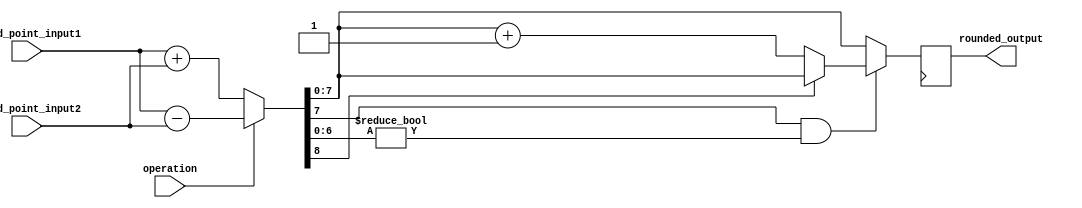
module fixed_point_rounding_unit (
  input [7:0] fixed_point_input1,
  input [7:0] fixed_point_input2,
  input operation, // 0 for addition, 1 for subtraction
  output reg [7:0] rounded_output
);

reg [8:0] result;

always @(*) begin
  if(operation == 0) begin // Addition operation
    result = fixed_point_input1 + fixed_point_input2;
  end else begin // Subtraction operation
    result = fixed_point_input1 - fixed_point_input2;
  end
  
  if(result[7] == 1 && result[6:0] != 0) begin // Check if there is a fractional part
    if(result[8] == 0) begin
      result = result + 1; // Round up to nearest whole number
    end
  end
end

always @(posedge clk) begin
  rounded_output <= result[7:0]; // Output the rounded result
end

endmodule